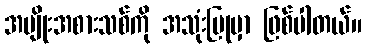
အမျိုးအစားသစ်ကို အသုံးပြုမှာ ဖြစ်ပါတယ်။